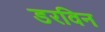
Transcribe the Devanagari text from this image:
डरविन